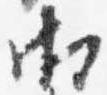
御